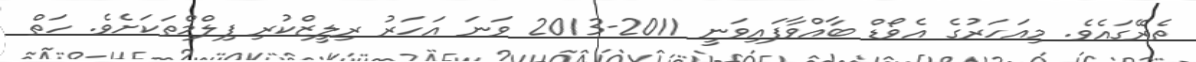
ތެރޭގައެވެ. މިއަހަރުގެ އެވޯޑް ބާއްވާފައިވަނީ 2011-2013 ވަނަ އަހަރު ރިލީޒްކުރި ފިލްމްތަކަށެވެ. ހަތް